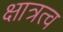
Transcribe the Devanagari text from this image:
क्षात्रत्व